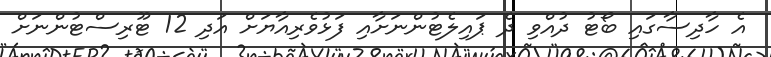
އެ ހާދިސާގައި ބޯޓު ދުއްވި ދެ ޕައިލެޓުންނަށާއި ފަޅުވެރިއާޔަށް އަދި 12 ޓޫރިސްޓުންނަށް